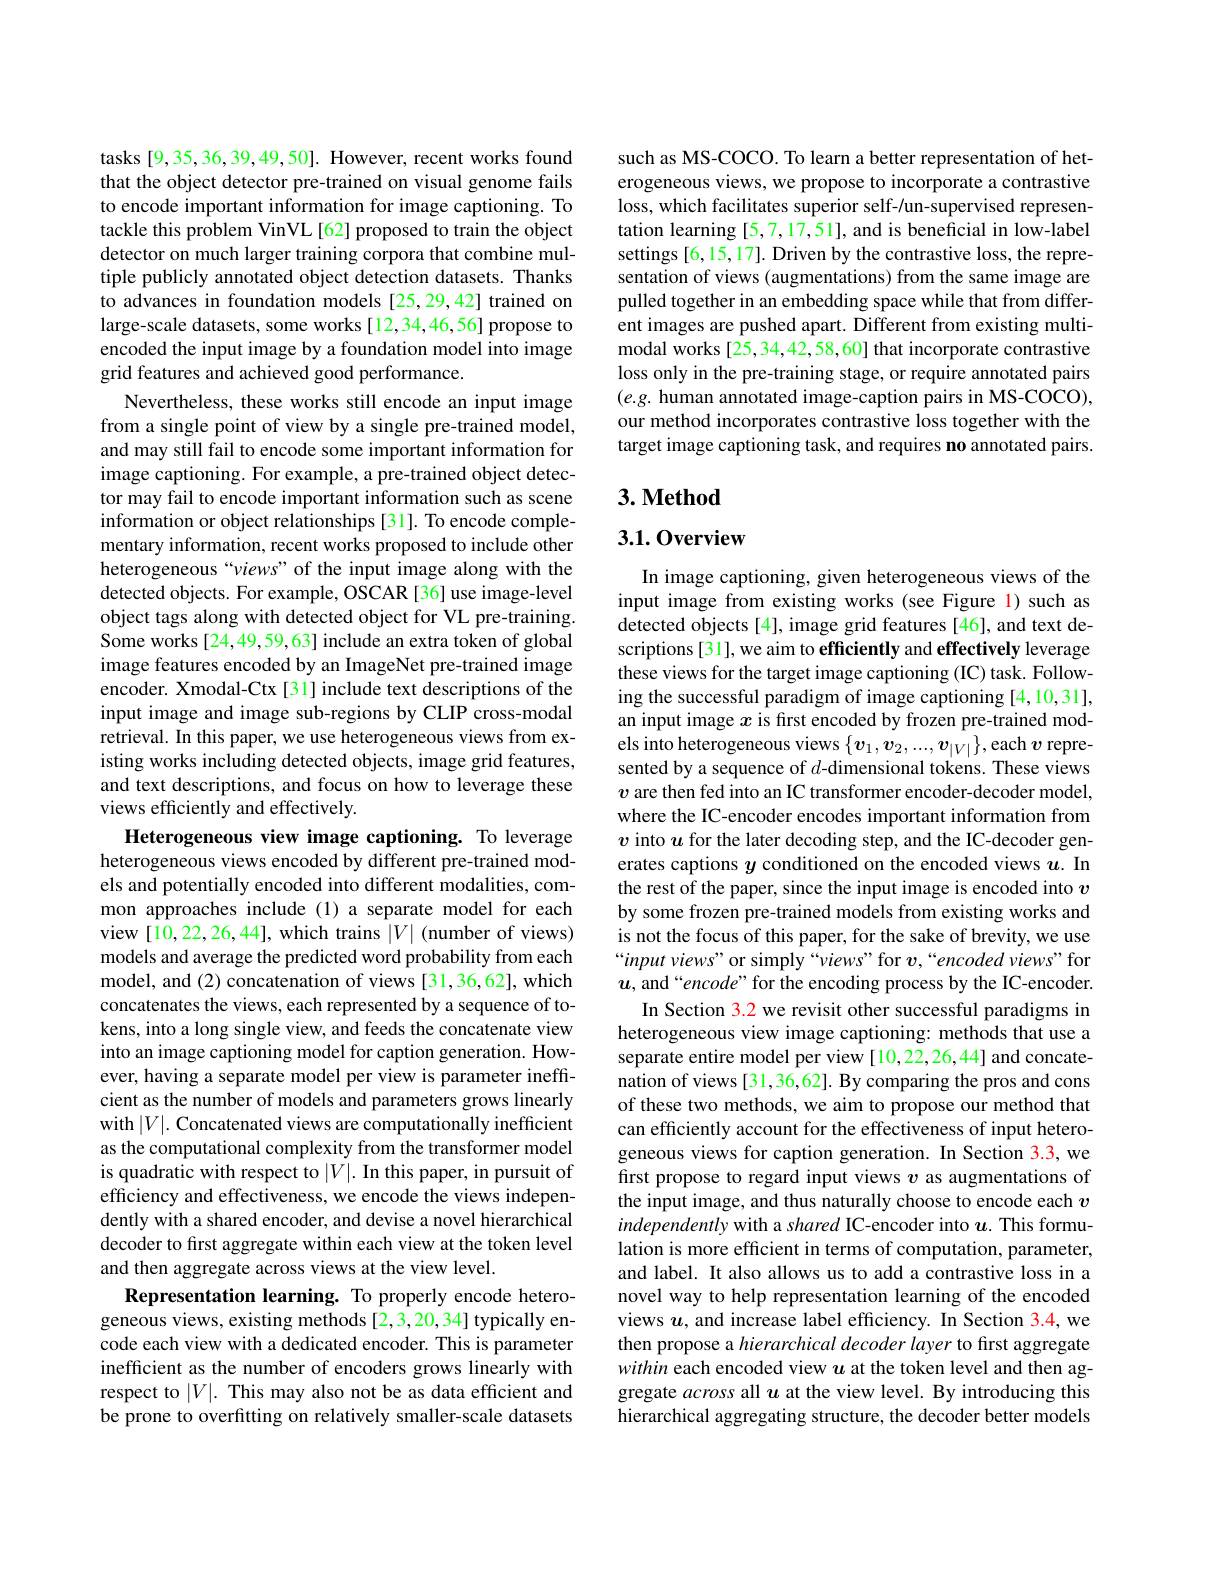
tasks [9,35,36,39,49,50]. However, recent works found that the object detector pre-trained on visual genome fails to encode important information for image captioning. To tackle this problem VinVL [62] proposed to train the object detector on much larger training corpora that combine multiple publicly annotated object detection datasets. Thanks to advances in foundation models [25,29,42] trained on large-scale datasets, some works [12,34,46,56] propose to encoded the input image by a foundation model into image grid features and achieved good performance.
Nevertheless, these works still encode an input image from a single point of view by a single pre-trained model, and may still fail to encode some important information for image captioning. For example, a pre-trained object detector may fail to encode important information such as scene information or object relationships [31]. To encode complementary information, recent works proposed to include other heterogeneous “views” of the input image along with the detected objects. For example, OSCAR [36] use image-level object tags along with detected object for VL pre-training. Some works[24,49,59,63] include an extra token of global image features encoded by an ImageNet pre-trained image encoder. Xmodal-Ctx [31] include text descriptions of the input image and image sub-regions by CLIP cross-modal retrieval. In this paper, we use heterogeneous views from existing works including detected objects, image grid features, and text descriptions, and focus on how to leverage these views efficiently and effectively.
Heterogeneous view image captioning. To leverage

heterogeneous views encoded by different pre-trained models and potentially encoded into different modalities, common approaches include (1) a separate model for each view [10,22,26,44], which trains $|V|$ (number of views) models and average the predicted word probability from each model, and (2) concatenation of views [31,36,62], which concatenates the views, each represented by a sequence of tokens, into a long single view, and feeds the concatenate view into an image captioning model for caption generation. However, having a separate model per view is parameter ineffcient as the number of models and parameters grows linearly with $|V|.$ Concatenated views are computationally inefficient as the computational complexity from the transformer model is quadratic with respect to $|V|.$ In this paper, in pursuit of efficiency and effectiveness, we encode the views independently with a shared encoder, and devise a novel hierarchical decoder to first aggregate within each view at the token level and then aggregate across views at the view level.
Representation learning. To properly encode heterogeneous views, existing methods [2,3,20,34] typically encode each view with a dedicated encoder. This is parameter inefficient as the number of encoders grows linearly with respect to $|V|.$ This may also not be as data efficient and be prone to overfitting on relatively smaller-scale datasets

such as MS-COCO. To learn a better representation of heterogeneous views, we propose to incorporate a contrastive loss, which facilitates superior self-/un-supervised representation learning [5,7,17,51], and is beneficial in low-label settings [6,15,17]. Driven by the contrastive loss, the representation of views (augmentations) from the same image are pulled together in an embedding space while that from different images are pushed apart. Different from existing multimodal works [25,34,42,58,60] that incorporate contrastive loss only in the pre-training stage, or require annotated pairs $(e.g.$ human annotated image-caption pairs in MS-COCO), our method incorporates contrastive loss together with the target image captioning task, and requires no annotated pairs.

## $3. \textbf{Method}$

## 3.1.0verview

In image captioning, given heterogeneous views of the input image from existing works (see Figure l) such as detected objects[4], image grid features[46], and text descriptions [31], we aim to efficiently and effectively leverage these views for the target image captioning (IC) task. Following the successful paradigm of image captioning [4,10,31], an input image $x$ is fırst encoded by frozen pre-trained models into heterogeneous views $\{v_1,v_2,...,v_{|V|}\}$,each $v$ represented by a sequence of $d$-dimensional tokens. These views $v$ are then fed into an IC transformer encoder-decoder model, where the IC-encoder encodes important information from $v$ into $u$ for the later decoding step, and the IC-decoder generates captions $y$ conditioned on the encoded views $u.$ In the rest of the paper, since the input image is encoded into $v$ by some frozen pre-trained models from existing works and is not the focus of this paper, for the sake of brevity, we use “input views" or simply “views” for $v,“encoded$ views" for $u$, and “encode” for the encoding process by the IC-encoder.
In Section 3.2 we revisit other successful paradigms in heterogeneous view image captioning: methods that use a separate entire model per view [10,22,26,44] and concatenation of views [31,36,62]. By comparing the pros and cons of these two methods, we aim to propose our method that can efficiently account for the effectiveness of input heterogeneous views for caption generation. In Section 3.3, we first propose to regard input views $v$ as augmentations of the input image, and thus naturally choose to encode each $v$ independently with a shared IC-encoder into $u.$ This formulation is more efficient in terms of computation, parameter, and label. It also allows us to add a contrastive loss in a novel way to help representation learning of the encoded views $u$,and increase label efficiency. In Section 3.4, we then propose a hierarchical decoder layer to first aggregate within each encoded view $u$ at the token level and then aggregate across all $u$ at the view level. By introducing this hierarchical aggregating structure, the decoder better models